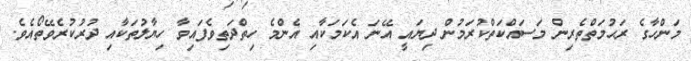
މަންހާގެ ރަޙުމަތްތެރިން މަސައްކަތްކުރަމުން ދިޔައީ އޭނަ އެކަމަކާއި އެންމެ ހިތްދަތިވެފައިވާ ހިޔާލުތަކާއި ދުރުކުރެވޭތޯއެވެ.